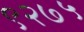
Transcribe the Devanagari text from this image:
९२७५